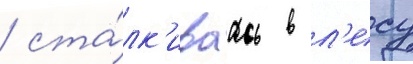
/ ста́лк'иваась в л'есу